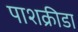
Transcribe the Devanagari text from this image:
पाशक्रीडा